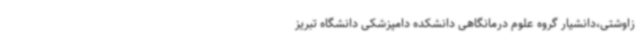
زاوشتی،دانشیار گروه علوم درمانگاهی دانشکده دامپزشکی دانشگاه تبریز